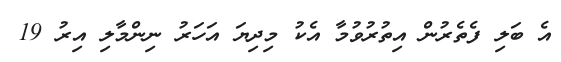
އެ ބަލި ފެތެރުން އިތުރުވުމާ އެކު މިދިޔަ އަހަރު ނިންމާލި އިރު 19